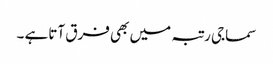
سماجی رتبہ میں بھی فرق آتاہے ۔